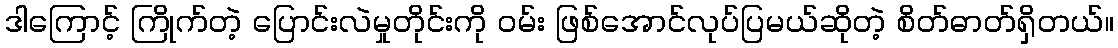
ဒါကြောင့် ကြိုက်တဲ့ ပြောင်းလဲမှုတိုင်းကို ဝမ်း ဖြစ်အောင်လုပ်ပြမယ်ဆိုတဲ့ စိတ်ဓာတ်ရှိတယ်။